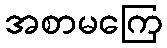
အစာမကြေ